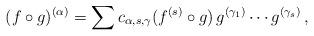
LaTeX: \begin{align*}(f\circ g)^{(\alpha)}=\sum c_{\alpha,s, \gamma} (f^{(s)}\circ g)\, g^{(\gamma_{1})} \cdots g^{(\gamma_{s})}\,,\end{align*}